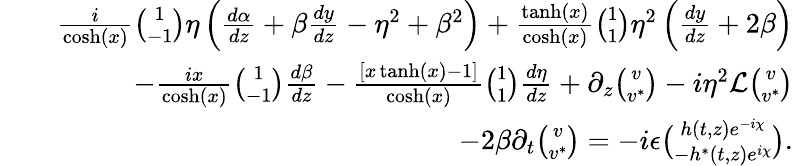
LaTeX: \begin{array}{rlr}&{}&{\frac{i}{\cosh(x)}{\binom{1}{-1}}\eta\left(\frac{d\alpha}{dz}+\beta\frac{dy}{dz}-\eta^{2}+\beta^{2}\right)+\frac{\operatorname{tanh}(x)}{\cosh(x)}{\binom{1}{1}}\eta^{2}\left(\frac{dy}{dz}+2\beta\right)}\\ &{}&{-\frac{ix}{\cosh(x)}{\binom{1}{-1}}\frac{d\beta}{dz}-\frac{\left[x\operatorname{tanh}(x)-1\right]}{\cosh(x)}{\binom{1}{1}}\frac{d\eta}{dz}+\partial_{z}{\binom{v}{v^{\ast}}}-i\eta^{2}{\cal L}{\binom{v}{v^{\ast}}}}\\ &{}&{-2\beta\partial_{t}{\binom{v}{v^{\ast}}}=-i\epsilon{\binom{h(t,z)e^{-i\chi}}{-h^{\ast}(t,z)e^{i\chi}}}.}\end{array}